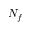
N _ { f }